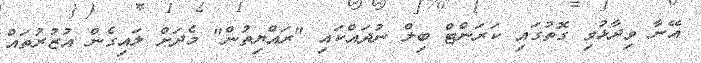
އޭނާ ވިދާޅުވި ގޮތުގައި ކަރަންޓް ބިލް ނުދައްކައި "ރައްޔިތުން" މެދަށް ލައިގެން އުޒުރުތައް